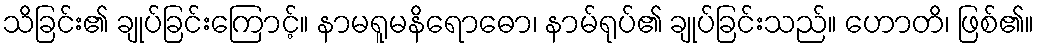
သိခြင်း၏ ချုပ်ခြင်းကြောင့်။ နာမရူမနိရောဓော၊ နာမ်ရုပ်၏ ချုပ်ခြင်းသည်။ ဟောတိ၊ ဖြစ်၏။